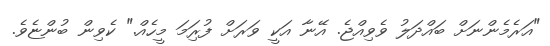
"އަރެމެންނަށް ބައްދަލު ވެވިއްޖެ. އޭނާ އަކީ ވަރަށް ފުރިަމަ މީހެއް." ކެވިން ބުންޏެވެ.